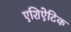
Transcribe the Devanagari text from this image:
एशिऐटिक